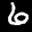
Label: 6